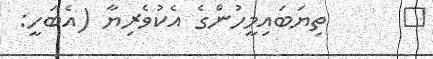
٢      ތިޔަބައިމީހުންގެ އެކުވެރިޔާ (އެބަހީ: